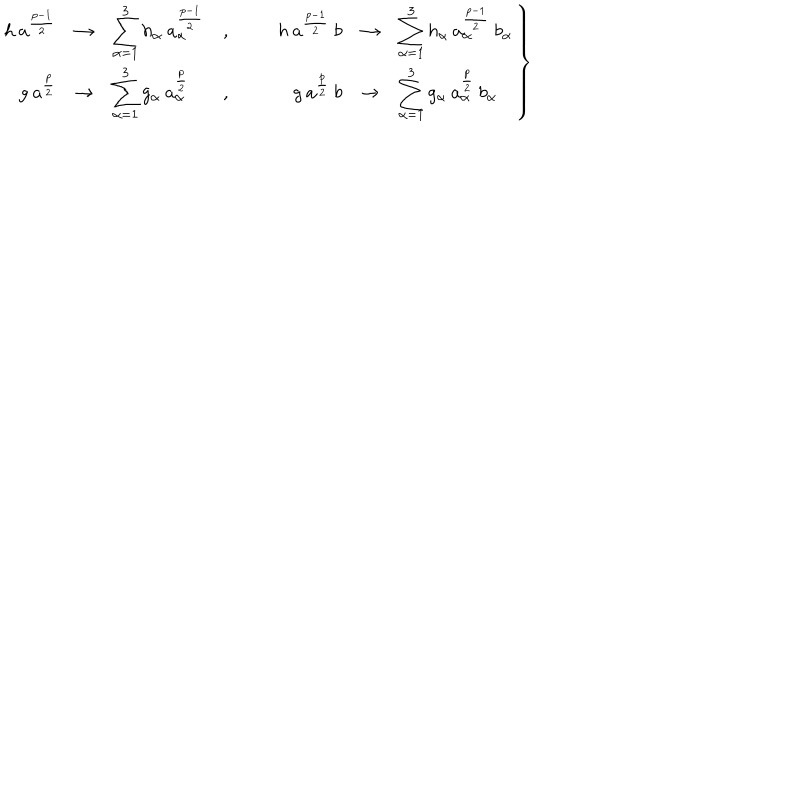
\left. \begin{array} { r c l c r c l } { { h \: a ^ { \frac { p - 1 } { 2 } } } } & { { \rightarrow } } & { { \displaystyle \sum _ { \alpha = 1 } ^ { 3 } h _ { \alpha } \: a _ { \alpha } ^ { \frac { p - 1 } { 2 } } } } & { { , } } & { { h \: a ^ { \frac { p - 1 } { 2 } } \: b } } & { { \rightarrow } } & { { \displaystyle \sum _ { \alpha = 1 } ^ { 3 } h _ { \alpha } \: a _ { \alpha } ^ { \frac { p - 1 } { 2 } } \: b _ { \alpha } } } \\ { { g \: a ^ { \frac { p } { 2 } } } } & { { \rightarrow } } & { { \displaystyle \sum _ { \alpha = 1 } ^ { 3 } g _ { \alpha } \: a _ { \alpha } ^ { \frac { p } { 2 } } } } & { { , } } & { { g \: a ^ { \frac { p } { 2 } } \: b } } & { { \rightarrow } } & { { \displaystyle \sum _ { \alpha = 1 } ^ { 3 } g _ { \alpha } \: a _ { \alpha } ^ { \frac { p } { 2 } } \: b _ { \alpha } } } \\ \end{array} \right\}